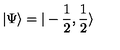
\vert \Psi \rangle = \vert - \frac { 1 } { 2 } , \frac { 1 } { 2 } \rangle